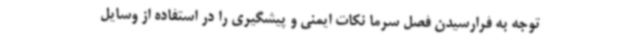
توجه به فرارسیدن فصل سرما نکات ایمنی و پیشگیری را در استفاده از وسایل